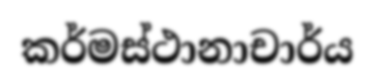
කර්මස්ථානාචාර්ය